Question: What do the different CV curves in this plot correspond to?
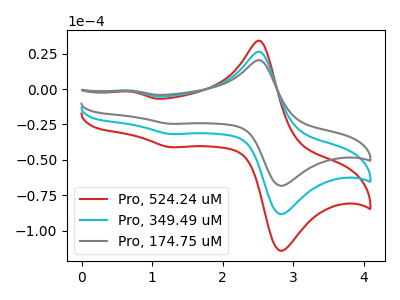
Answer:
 <answer>The red curve is labeled "Pro, 524.24 uM". The cyan curve is labeled "Pro, 349.49 uM". The gray curve is labeled "Pro, 174.75 uM".</answer>
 <eval></eval>